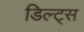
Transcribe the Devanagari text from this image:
डिल्ट्स